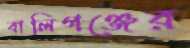
বালিগঞ্জের